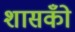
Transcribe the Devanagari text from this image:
शासकोँ